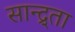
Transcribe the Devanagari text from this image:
सान्द्र्ता